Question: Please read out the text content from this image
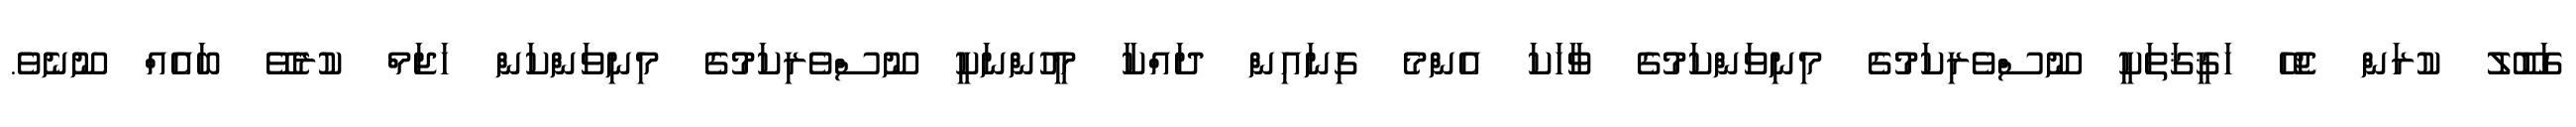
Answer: ގަބޫލު ކުރަން ޖެހޭ ހަޤީޤަތަކީ ނޫސްވެރިކަމުގެ މިނިވަންކަމުގެ ވާހަކަ އެންމެ ގިނައިން ދައްކާ މީހުންނަކީ ނޫސްވެރިކަމުގެ މިނިވަންކަން ހަޖަމް ކުރެވޭ ބައެއް ނޫނެވެ.